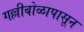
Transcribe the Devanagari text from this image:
गल्लीबोळापासून